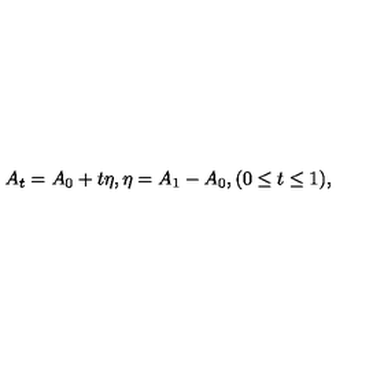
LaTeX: A _ { t } = A _ { 0 } + t \eta , \eta = A _ { 1 } - A _ { 0 } , ( 0 \leq t \leq 1 ) ,